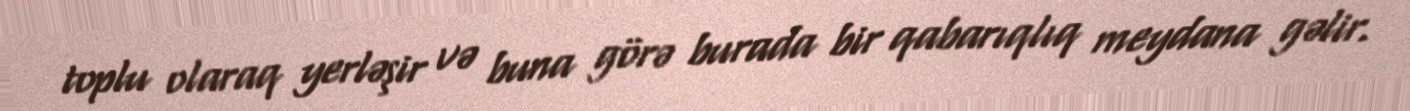
toplu olaraq yerləşir və buna görə burada bir qabarıqlıq meydana gəlir.